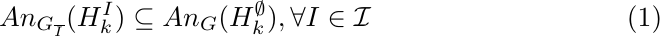
  \begin{equation}
     An_{G_{\overline{I}}}(H_k^{I})  \subseteq An_G(H_k^{\emptyset}) , \forall I \in \mathcal{I}
 \end{equation}